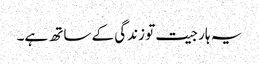
یہ ہار جیت تو زندگی کے ساتھ ہے۔